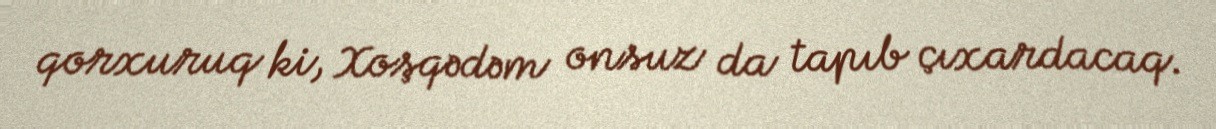
qorxuruq ki, Xoşqədəm onsuz da tapıb çıxardacaq.